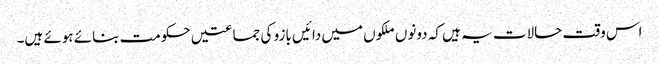
اس وقت حالات یہ ہیں کہ دونوں ملکوں میں دائیں بازو کی جماعتیں حکومت بنائے ہوئے ہیں۔